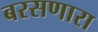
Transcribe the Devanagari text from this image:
बरसणारा